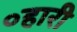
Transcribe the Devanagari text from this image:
०हारी